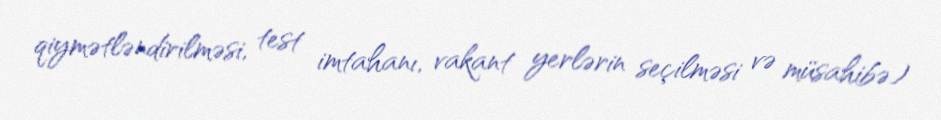
qiymətləndirilməsi, test imtahanı, vakant yerlərin seçilməsi və müsahibə)